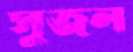
সুজল